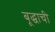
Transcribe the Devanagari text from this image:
बूद्धाची